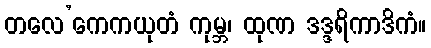
တလေ’ကေကယုတံ ကုမ္ဘ၊ ထုဏ ဒဒ္ဒရိကာဒိကံ။